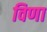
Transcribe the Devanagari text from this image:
विणा